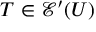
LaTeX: T \in { \mathcal { E } } ^ { \prime } ( U )